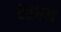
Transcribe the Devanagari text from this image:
वेरंघम